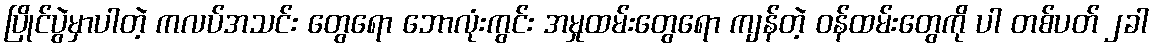
ပြိုင်ပွဲမှာပါတဲ့ ကလပ်အသင်း တွေရော ဘောလုံးကွင်း အမှုထမ်းတွေရော ကျန်တဲ့ ဝန်ထမ်းတွေကို ပါ တစ်ပတ် ၂ခါ